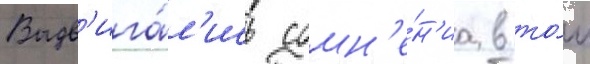
Выдв'ига́л'ись сомн'е́н'иа в то́м